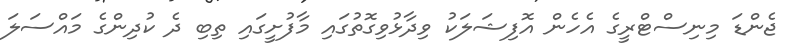
ޖެންޑަ މިނިސްޓްރީގެ އެހެން އޮފިޝަލަކު ވިދާޅުވިގޮތުގައި މާފުށީގައި ތިބި ދެ ކުދިންގެ މައްސަލަ